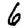
Digit: 6